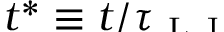
\smash { t ^ { * } \equiv t / \tau _ { \mathrm { ~ L ~ J ~ } } }